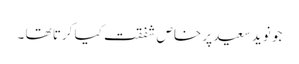
جو نوید سعید پر خاص شفقت کیا کرتا تھا ۔